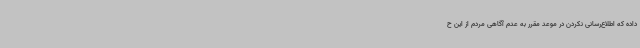
داده که اطلاع‌رسانی نکردن در موعد مقرر به عدم آگاهی مردم از این ح